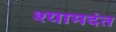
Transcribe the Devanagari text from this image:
श्यामदंत